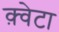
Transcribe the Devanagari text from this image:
क़्वेटा